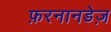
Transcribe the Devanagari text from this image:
फ़रनानडेज़